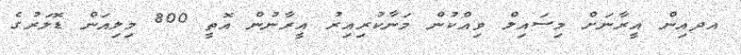
އދއިން އީރާނަށް މިސައިލް ވިއްކުން މަނާކުރިއިރު އީރާނުން އޮތީ 800 މިލިއަން ޑޮލަރުގެ